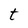
Character: t